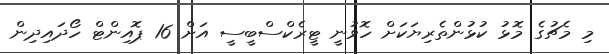
މި މެޗުގެ މޮޅު ކުޅުންތެރިޔަކަށް ހޮވުނީ ޓީރެކްސްބީސީ އަށް 16 ޕޮއިންޓް ހޯދައިދިން